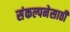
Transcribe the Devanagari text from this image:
संकल्पनेसाठी